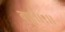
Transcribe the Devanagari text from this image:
वपुः॥९॥